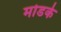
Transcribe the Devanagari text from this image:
मोडके